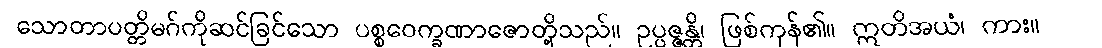
သောတာပတ္တိမဂ်ကိုဆင်ခြင်သော ပစ္စဝေက္ခဏာဇောတို့သည်။ ဥပ္ပဇ္ဇန္တိ၊ ဖြစ်ကုန်၏။ ဣတိအယံ၊ ကား။